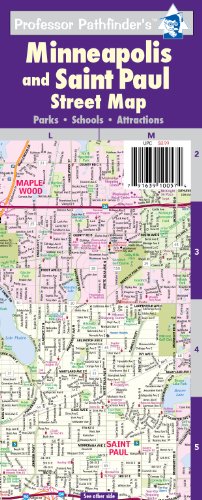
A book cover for Minneapolis and St Paul Street Map; Hedberg Maps; Travel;